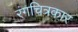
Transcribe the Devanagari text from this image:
रंगचित्रकार